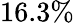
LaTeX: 16.3\%